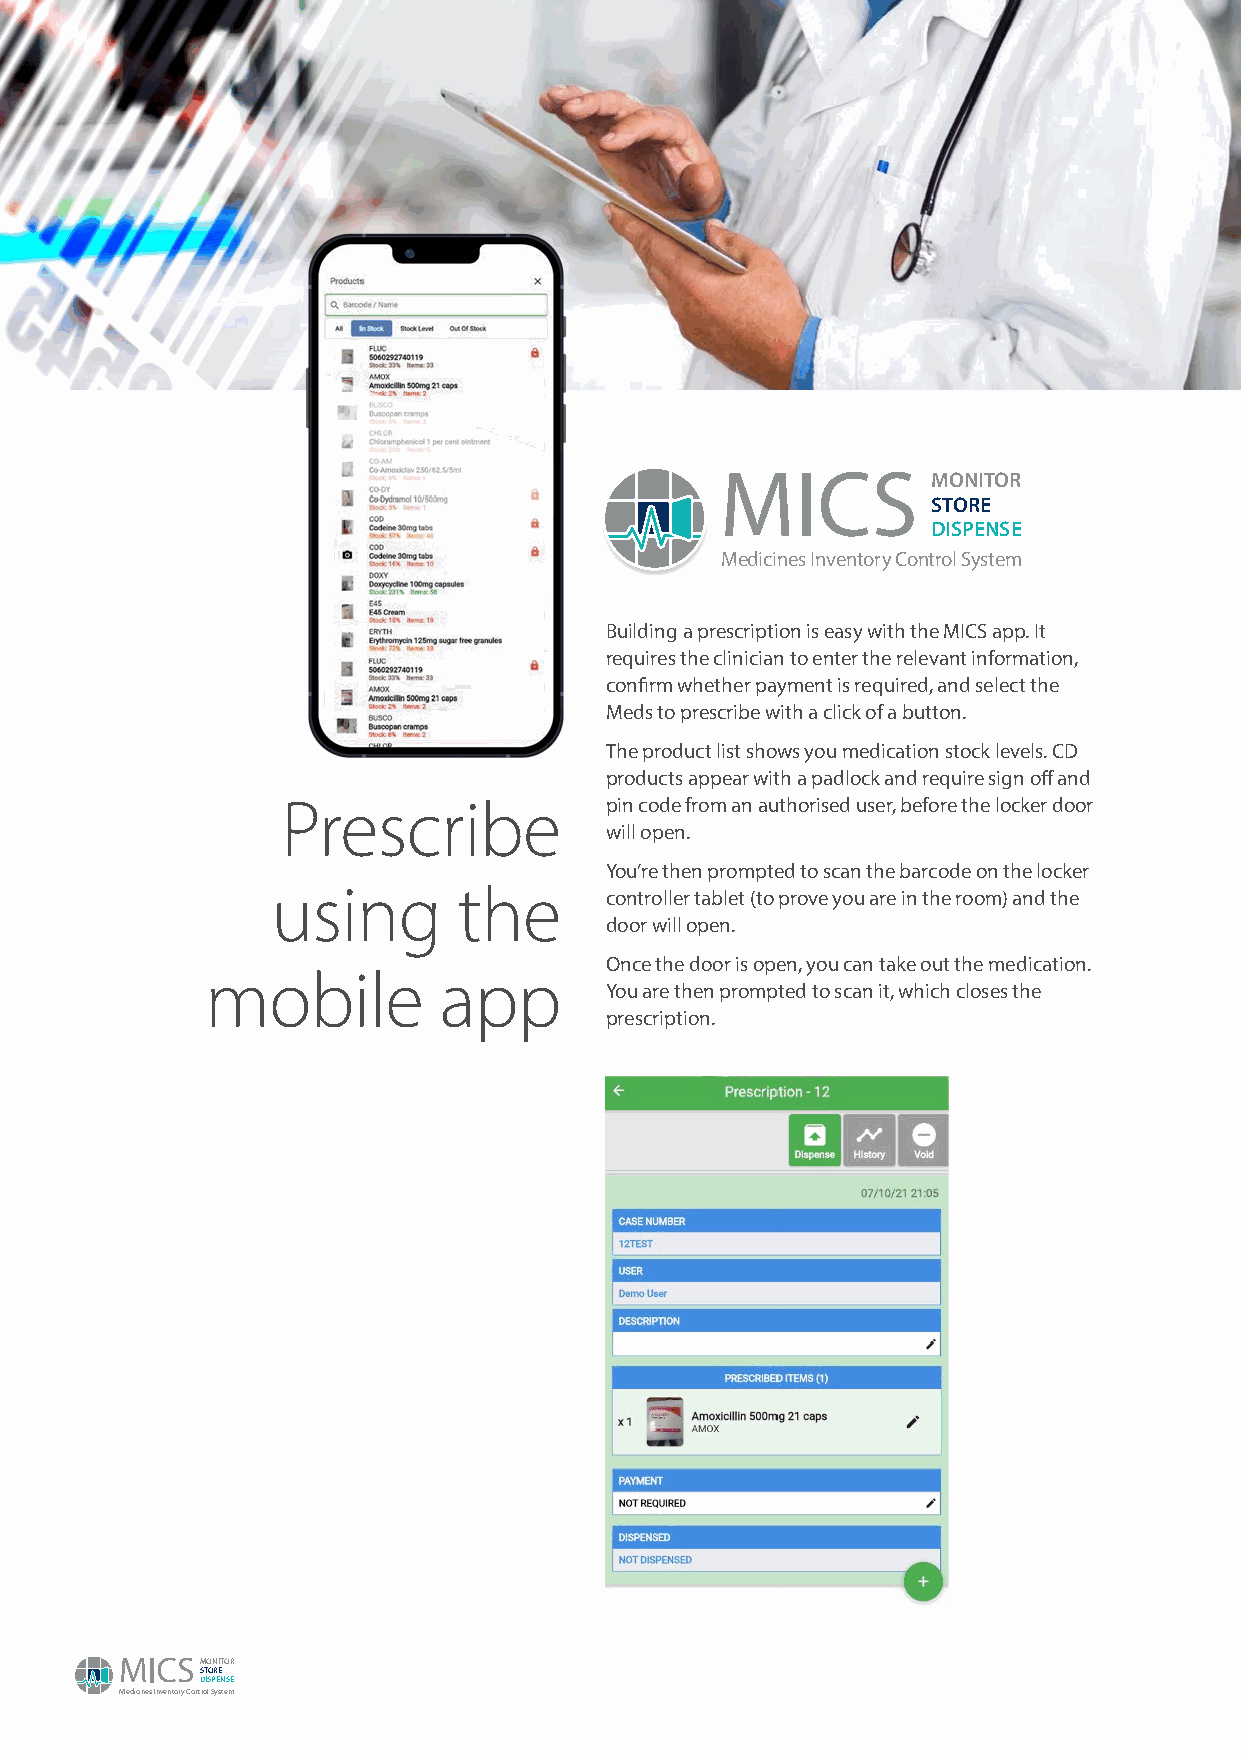
MONITOR
 STORE
 DISPENSE
 Medicines Inventory Control System
 Building a prescription is easy with the MICS app. It
 requires the clinician to enter the relevant information,
 confirm whether payment is required, and select the
 Meds to prescribe with a click of a button.
 The product list shows you medication stock levels. CD
 products appear with a padlock and require sign off and
 Prescribe            pin code from an authorised user, before the locker door
 will open.
 You’re then prompted to scan the barcode on the locker
 using       the
 controller tablet (to prove you are in the room) and the
 door will open.
 Once the door is open, you can take out the medication.
 mobile         app
 You are then prompted to scan it, which closes the
 prescription.
 MONITOR
 STORE
 DISPENSE
 Medicines Inventory Control System